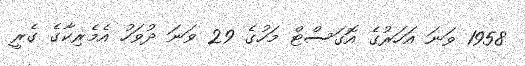
1958 ވަނަ އަހަރުގެ އޮގަސްޓް މަހުގެ 29 ވަނަ ދުވަހު އެމެރިކާގެ ގެރީ